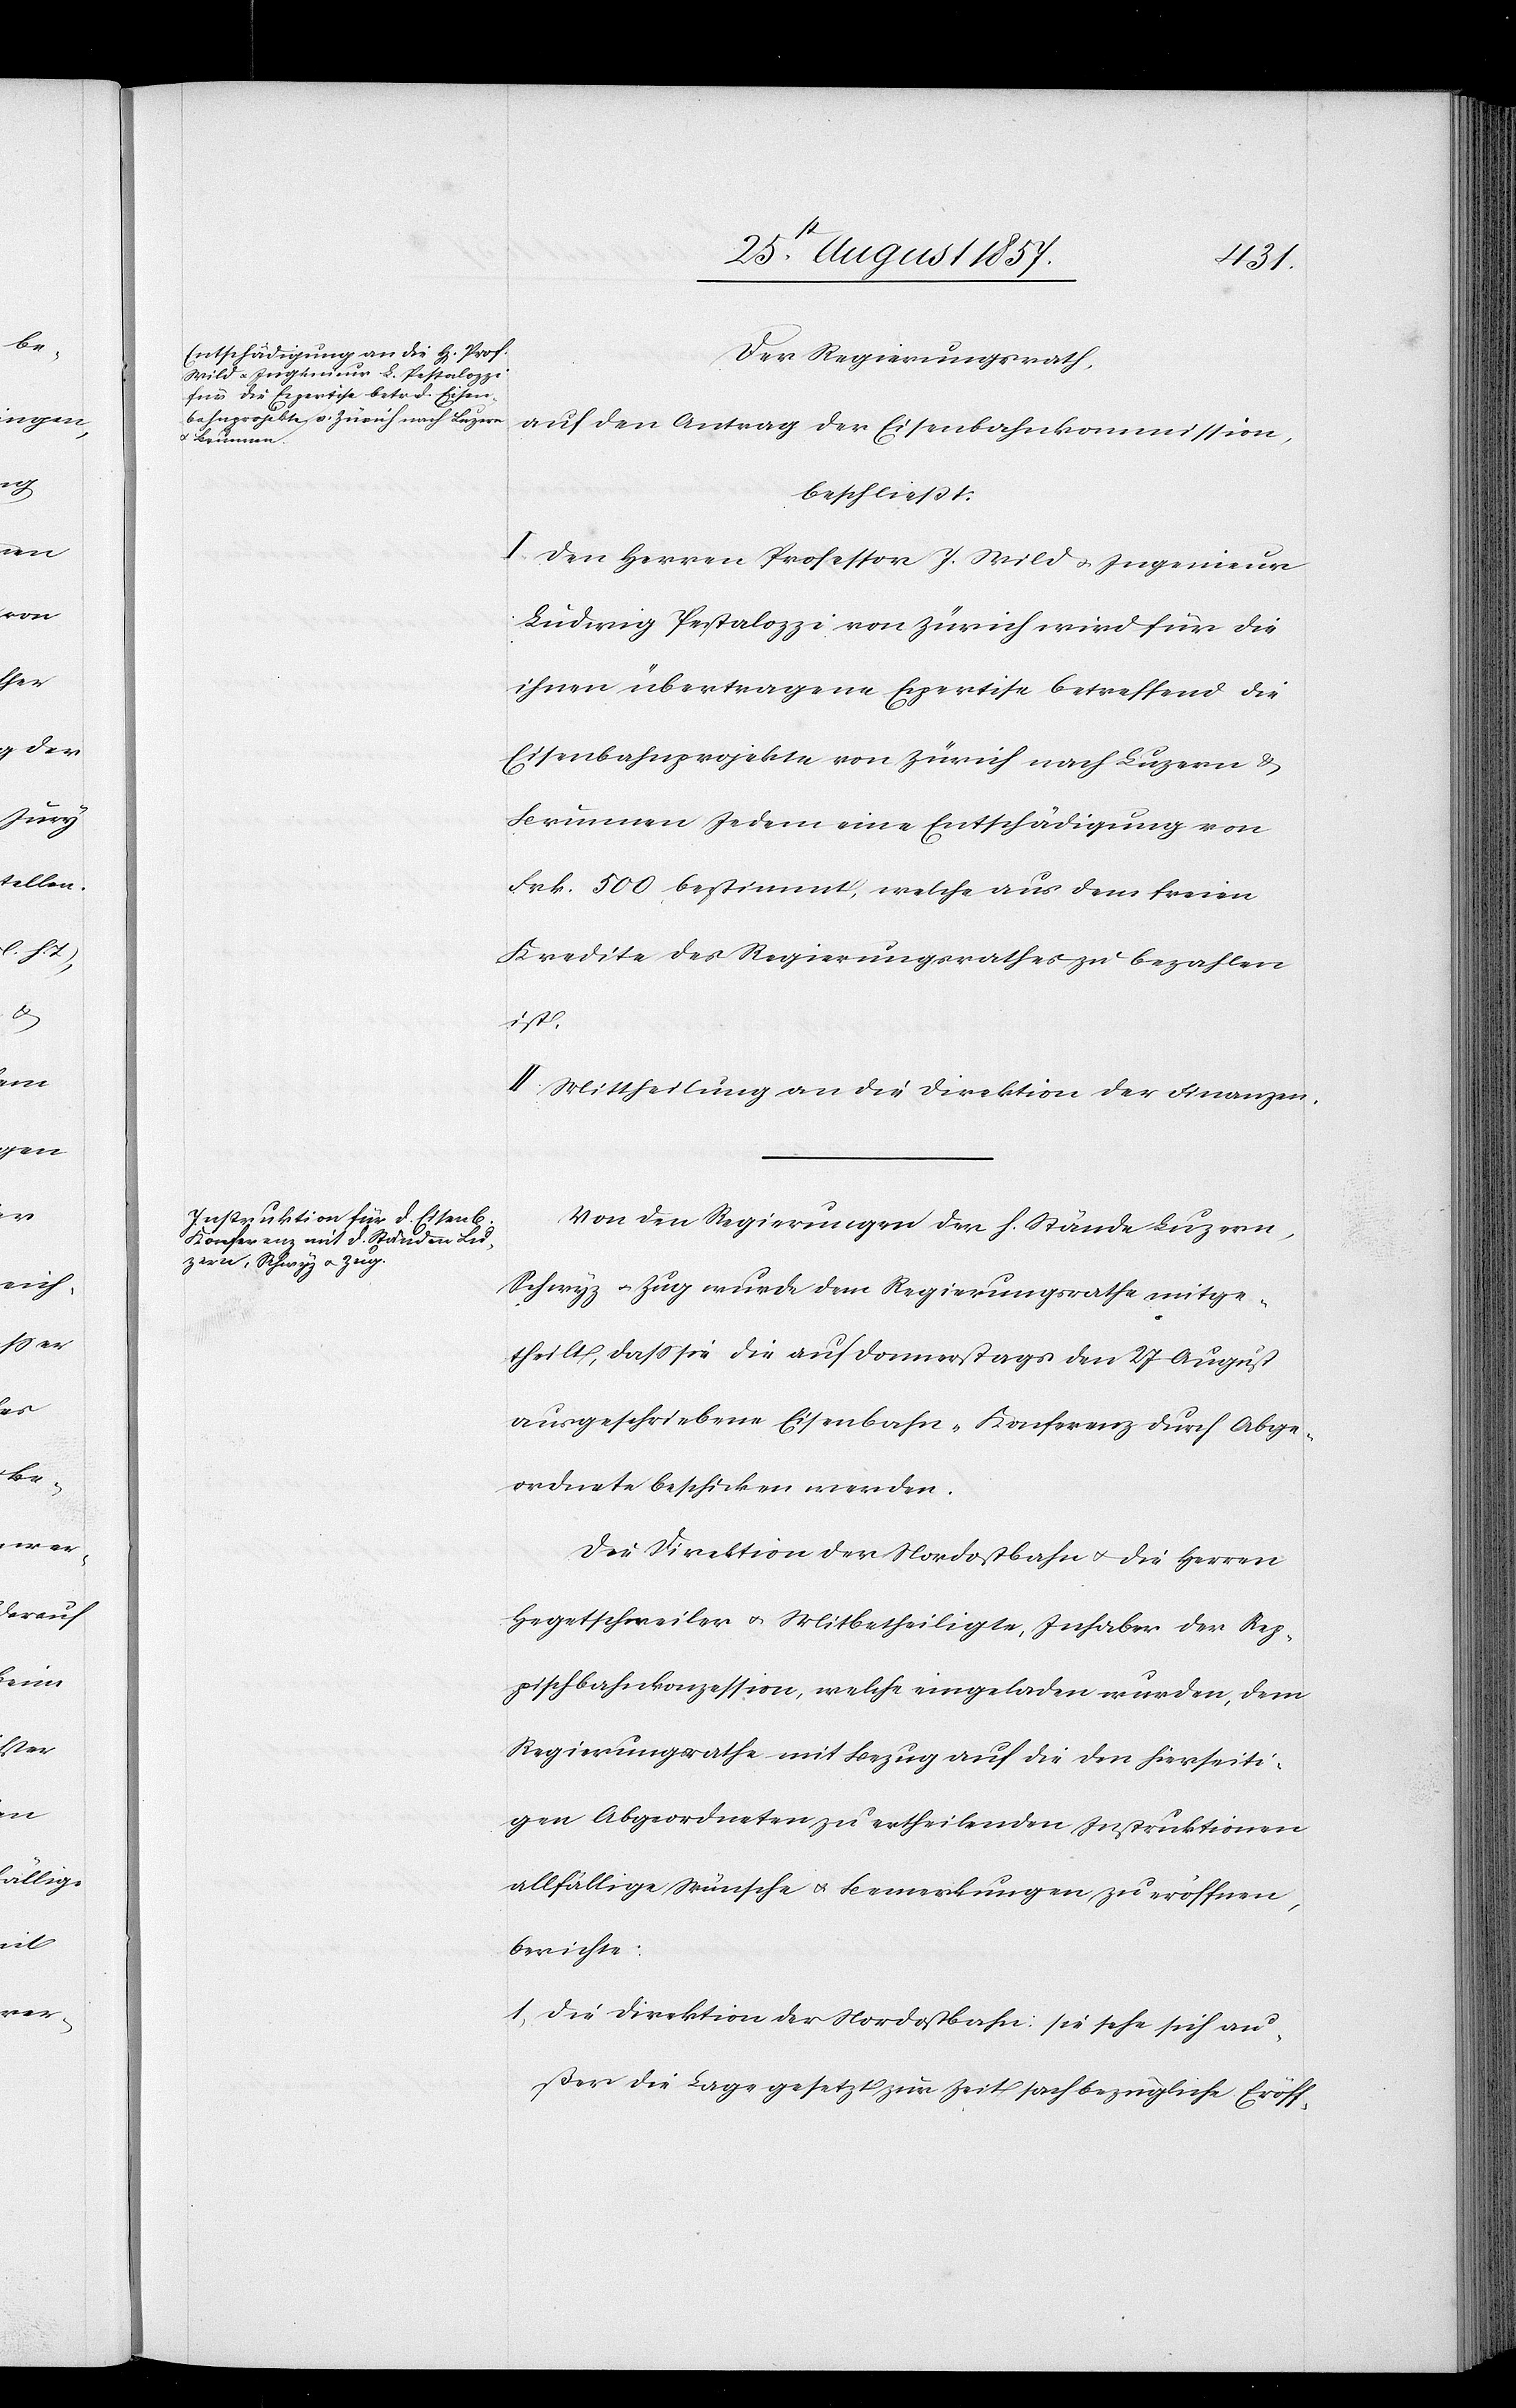
Der Regierungsrath,
auf den Antrag der Eisenbahnkommission,
beschließt:
I. Den Herren Professor J. Wild & Ingenieur
Ludwig Pestalozzi von Zürich wird für die
ihnen übertragene Expertise betreffend die
Eisenbahnprojekte von Zürich nach Luzern &
Brunnen Jedem eine Entschädigung von
Frk. 500 bestimmt, welche aus dem freien
Kredite des Regierungsrathes zu bezahlen
ist.
II. Mittheilung an die Direktion der Finanzen.
Von den Regierungen der h. Stände Luzern,
Schwyz & Zug wurde dem Regierungsrathe mitge¬
theilt, daß sie auf Donnerstags den 27 August
ausgeschriebene Eisenbahn-Konferenz durch Abge¬
ordnete beschicken werden.
Die Direktion der Nordostbahn & die Herren
Hegetschweiler & Mitbetheiligte, Inhaber der Rep¬
ppischbahnkonzession, welche eingeladen wurden, dem
Regierungsrathe mit Bezug auf die den hierseiti¬
gen Abgeordneten zu ertheilenden Instruktionen
allfällige Wünsche & Bemerkungen zu eröffnen,
berichte:
1, Die Direktion der Nordostbahn: sie sehe sich au¬
ßer die Lage gesetzt zur Zeit sachbezügliche Eröff-